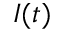
I ( t )